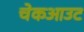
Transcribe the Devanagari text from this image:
चेकआउट